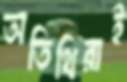
অতিথিরাই